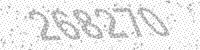
Solution: 268270